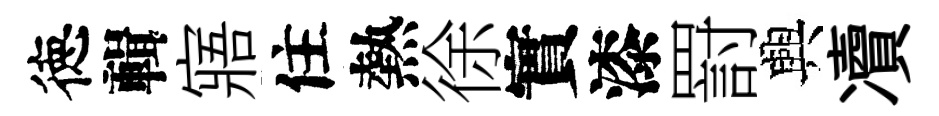
徳輯寤住熱徐實漆罸興凟